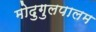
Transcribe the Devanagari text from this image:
मोदुगुलपालम